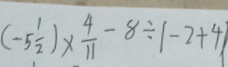
( - 5 \frac { 1 } { 2 } ) \times \frac { 4 } { 1 1 } - 8 \div \vert - 2 + 4 \vert